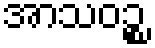
အာသဝဉ္စ